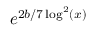
e ^ { 2 b / 7 \log ^ { 2 } ( x ) }